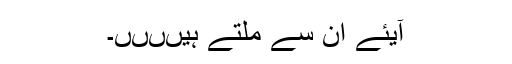
آیئے ان سے ملتے ہیںںںں۔